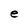
Character: e